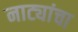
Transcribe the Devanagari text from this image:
नाट्यांचा